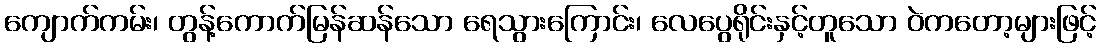
ကျောက်ကမ်း၊ တွန့်ကောက်မြန်ဆန်သော ရေသွားကြောင်း၊ လေပွေရိုင်းနှင့်တူသော ဝဲကတော့များဖြင့်